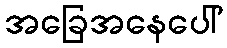
အခြေအနေပေါ်